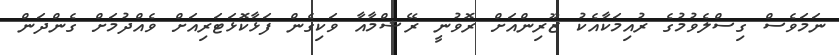
ނަމަވެސް ގިސްލެވުމުގެ ރުއިމަކާއެކު ޒޫރިންއަށް ރޮވުނީ ރޭޝްމާއާ ވަކިގެން ފަޅާކޮޅަޓަރިއަށް ވެއްދުމަށް ގެންދަން